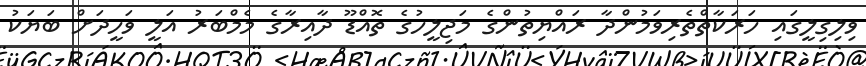
ވިލިގިލީގައި ހަރަކާތްތެރިވަމުންދާ ރައްޔިތުންގެ މަޖިލީހުގެ ތޮއްޑޫ ދާއިރާގެ މެމްބަރު އަލީ ވަހީދަށް ބަޔަކު